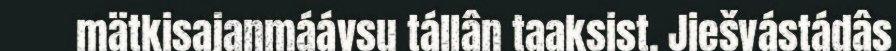
mätkisajanmáávsu tállân taaksist. Jiešvástádâs